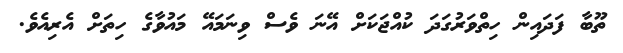
ތޫބާ ފަދައިން ހިތްވަރުގަދަ ކުއްޖަކަށް އޭނަ ވެސް ވިނަމައޭ މައުވާގެ ހިތަށް އެރިއެވެ.